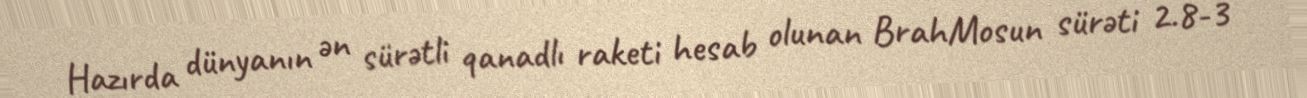
Hazırda dünyanın ən sürətli qanadlı raketi hesab olunan BrahMosun sürəti 2.8-3